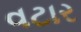
વટાર